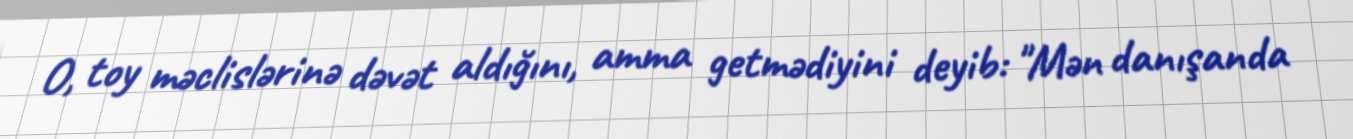
O, toy məclislərinə dəvət aldığını, amma getmədiyini deyib: "Mən danışanda